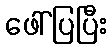
ဖေါ်ပြပြီး